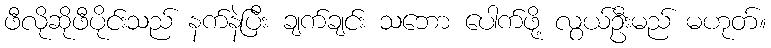
ဖီလိုဆိုဖီပိုင်းသည် နက်နဲပြီး ချက်ချင်း သဘော ပေါက်ဖို့ လွယ်ဦးမည် မဟုတ်။